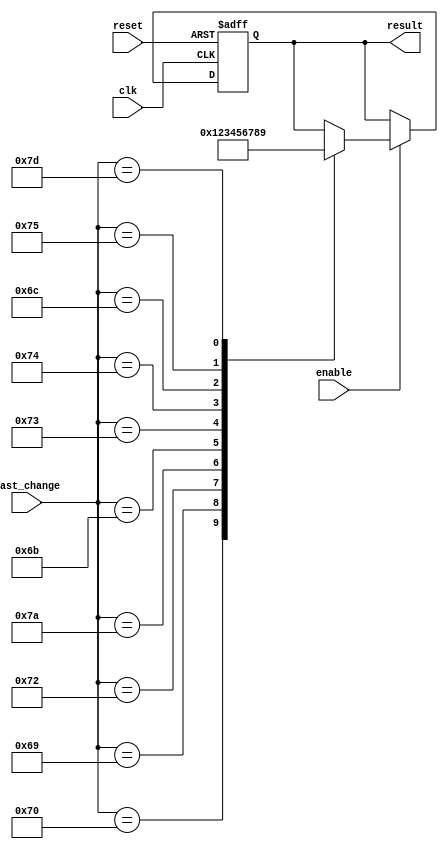
module key_choose(
    input [8:0] last_change,
    input reset,
    input clk,
    output [3:0] result,
    input enable
    );
    
reg [3:0] result, result_next;
always @(last_change)
begin
    case(last_change)
    9'h070: // 0
        result_next[3:0] <= 4'd0;
    9'h069: // 1
        result_next[3:0] <= 4'd1;
    9'h072: // 2
        result_next[3:0] <= 4'd2;
    9'h07A: // 3
        result_next[3:0] <= 4'd3;
    9'h06B: // 4
        result_next[3:0] <= 4'd4;
    9'h073: // 5
        result_next[3:0] <= 4'd5;
    9'h074: // 6
        result_next[3:0] <= 4'd6;
    9'h06C: // 7
        result_next[3:0] <= 4'd7;
    9'h075: // 8
        result_next[3:0] <= 4'd8;
    9'h07D: // 9
        result_next[3:0] <= 4'd9;
    default:
        result_next[3:0] <= result[3:0];
    endcase 
end

always @(posedge clk or negedge reset)
begin
    if(~reset)
        result[3:0] <= 4'd15;
    else if(enable)
        result[3:0] <= result_next[3:0];
    else 
        result[3:0] <= result[3:0];
end
 
endmodule